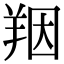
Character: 䍰